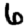
Digit: 6